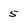
Character: 5